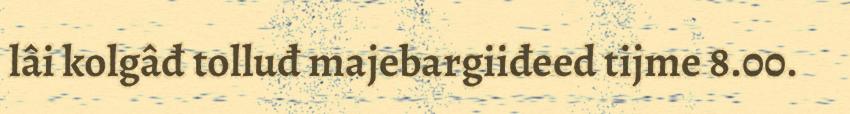
lâi kolgâđ tolluđ majebargiiđeed tijme 8.00.